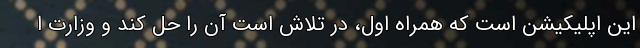
این اپلیکیشن است که همراه اول، در تلاش است آن را حل کند و وزارت ا